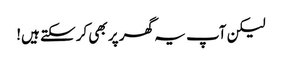
لیکن آپ یہ گھر پر بھی کرسکتے ہیں!